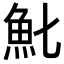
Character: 𩵏